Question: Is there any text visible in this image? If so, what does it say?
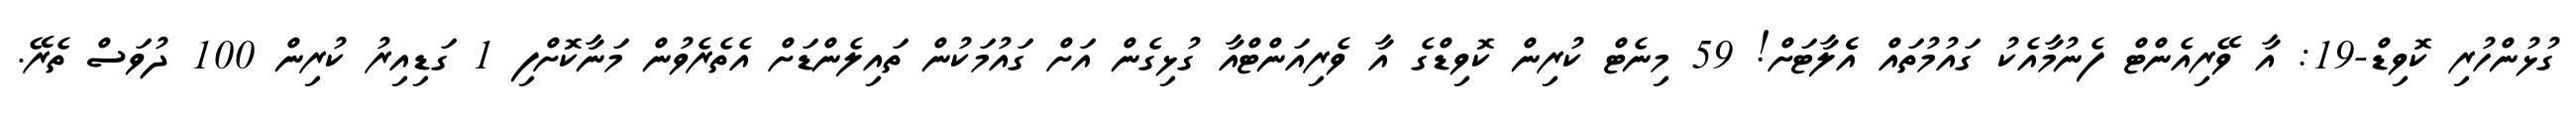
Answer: ގުޅުންހުރި ކޮވިޑް-19: އާ ވޭރިއެންޓް ފެނުމާއެކު ގައުމުތައް އެެލާޓަށް! 59 މިނެޓް ކުރިން ކޮވިޑްގެ އާ ވެރިއަންޓްއާ ގުޅިގެން އަށް ގައުމަކުން ތައިލެންޑަށް އެތެރެވުން މަނާކޮށްފި 1 ގަޑިއިރު ކުރިން 100 ދުވަސް ތެރޭ.